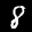
Label: 8